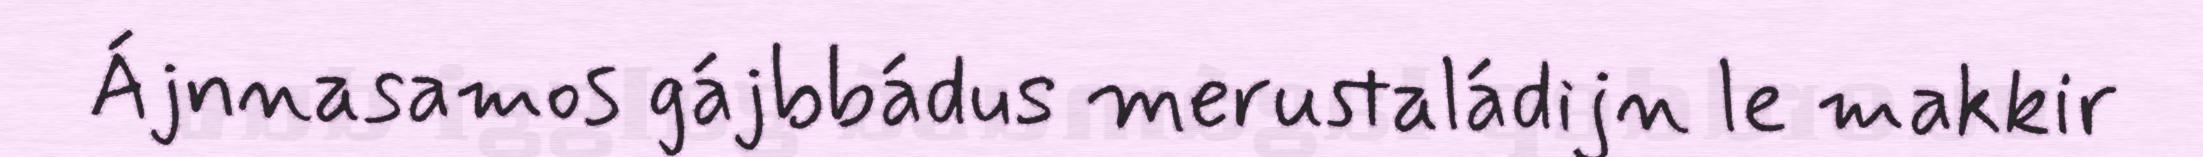
Ájnnasamos gájbbádus merustaládijn le makkir